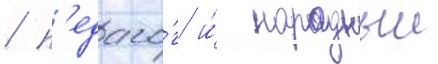
/ п'едаго́г и́ народныи